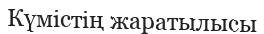
Күмістің жаратылысы